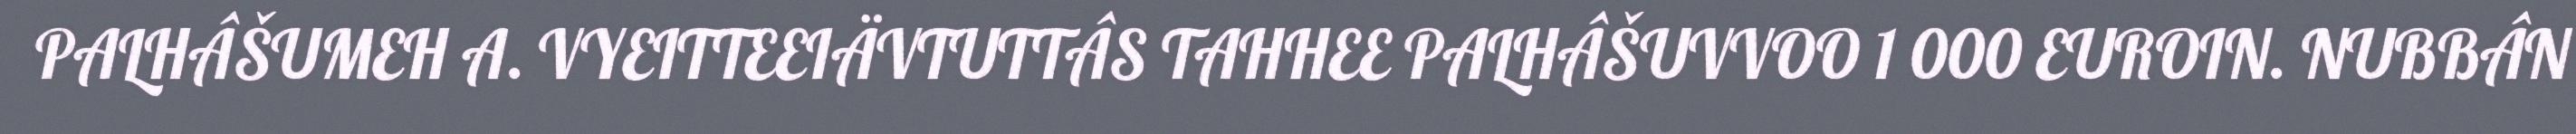
PALHÂŠUMEH A. VYEITTEEIÄVTUTTÂS TAHHEE PALHÂŠUVVOO 1 000 EUROIN. NUBBÂN